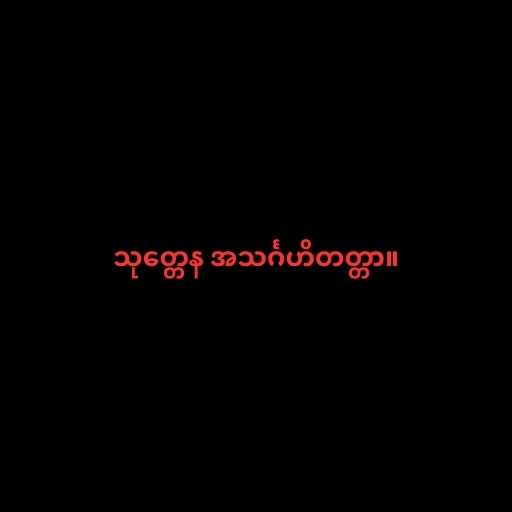
သုတ္တေန အသင်္ဂဟိတတ္တာ။